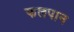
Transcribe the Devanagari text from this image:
फलपान